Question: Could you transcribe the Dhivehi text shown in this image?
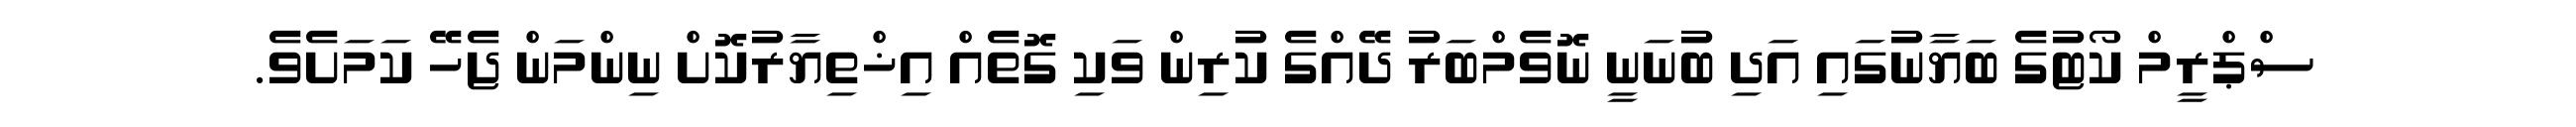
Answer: ސްޕްރީމް ކޯޓުގެ ބަޔާނުގައި އަދި ބުނަނީ ނޮވެމްބަރު ދޭއްގެ ކުރިން ވަކި ގޮތެއް އިޚްތިޔާރުކޮށް ނިންމަން ޖެހޭ ކަމަށެވެ.